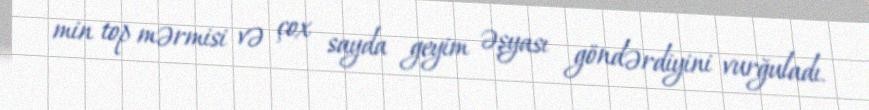
min top mərmisi və çox sayda geyim əşyası göndərdiyini vurğuladı.